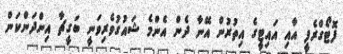
ފޮޓޯގްރެފީ އާއި އައިޓީގެ އިތުރުން އޭނާ ދެން އެންމެ ޝައުގުވެރިވަނީ ބަގީޗާ އިންދަންކަން